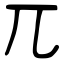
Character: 兀